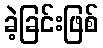
ခဲ့ခြင်းဖြစ်